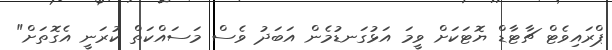
ޕްރައިވެޓް ޗާޓާޑް ޔޮޓަކަށް ވީމަ އަޅުގަނޑުމެން އަބަދު ވެސް މަސައްކަތް ކުރަނީ އެގޮތަށް"